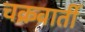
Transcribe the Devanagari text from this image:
चक्रवार्ती